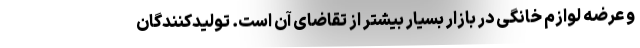
و عرضه لوازم خانگی در بازار بسیار بیشتر از تقاضای آن است. تولیدکنندگان